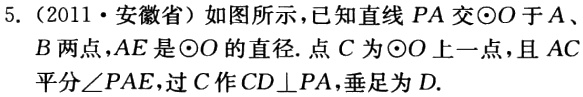
5.（2011·安徽省）如图所示，已知直线\(PA\)交\(\odot O\)于\(A\)、\(B\)两点，\(AE\)是\(\odot O\)的直径. 点\(C\)为\(\odot O\)上一点，且\(AC\)平分\(\angle PAE\)，过\(C\)作\(CD\perp PA\)，垂足为\(D\).